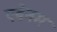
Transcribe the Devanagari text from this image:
एबेनम